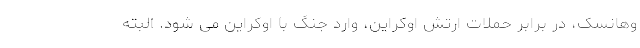
وهانسک، در برابر حملات ارتش اوکراین، وارد جنگ با اوکراین می شود. البته